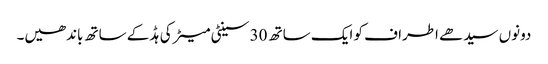
دونوں سیدھے اطراف کو ایک ساتھ 30 سینٹی میٹر کی ہڈ کے ساتھ باندھیں۔